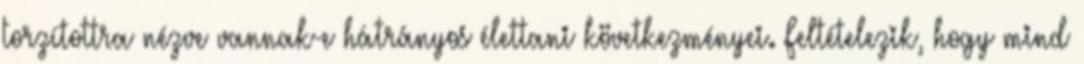
torzítottra nézve vannak-e hátrányos élettani következményei. Feltételezik, hogy mind